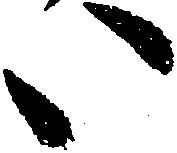
い